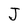
Character: J